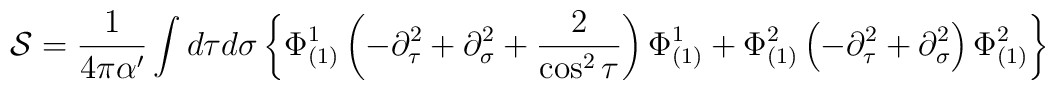
{\cal S}=\frac{1}{4\pi\alpha'}\int d\tau d\sigma\left\{ \Phi^{1}_{(1)}\left(  -\partial^2_\tau+\partial^2_\sigma+\frac{2}{\cos^2\tau}\right)\Phi^{1}_{(1)}+\Phi^{2}_{(1)}\left(  -\partial^2_\tau+\partial^2_\sigma\right)\Phi^{2}_{(1)}\right\}